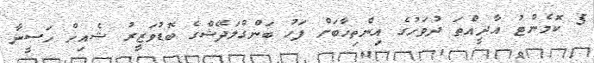
5 ކޮމެންޓު އާދީއްތަ ދުވަހުގެ އިންތިހާބަށް ފަހު ބަންގްލަދޭޝްގެ ބޮޑުވަޒީރު ޝެއިޚް ހަސީނާ